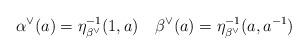
LaTeX: \begin{align*} \alpha^\vee(a)=\eta_{\beta^\vee}^{-1}(1,a)\quad\beta^\vee(a)=\eta_{\beta^\vee}^{-1}(a,a^{-1})\quad\end{align*}